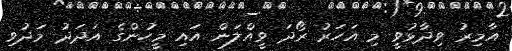
އާމިރު ވިދާޅުވީ މި އަހަރު ރޯދަ ވީއްލަން އައި މީހުންގެ އަދަދު މަދުވި